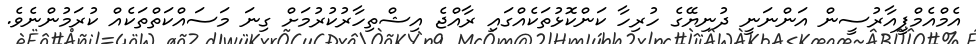
އެމްއެމްޕީއާރުސީން އަންނަނީ ދުނިޔޭގެ ހުރިހާ ކަންކޮޅުތަކެއްގައި ރާއްޖެ އިޝްތިހާރުކުރުމަށް ގިނަ މަސައްކަތްތަކެއް ކުރަމުންނެވެ.